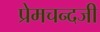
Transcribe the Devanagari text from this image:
प्रेमचन्दजी